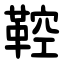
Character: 鞚